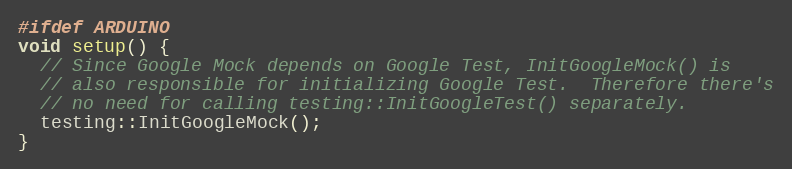
Language: C++
#ifdef ARDUINO
void setup() {
  // Since Google Mock depends on Google Test, InitGoogleMock() is
  // also responsible for initializing Google Test.  Therefore there's
  // no need for calling testing::InitGoogleTest() separately.
  testing::InitGoogleMock();
}